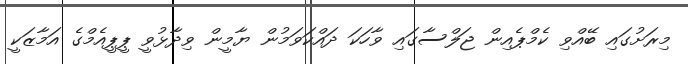
މިރަށުގައި ބޭއްވި ކެމްޕެއިން ޖަލްސާގައި ވާހަކަ ދައްކަވަމުން ޔާމީން ވިދާޅުވީ ޕީޕީއެމްގެ އަމާޒަކީ